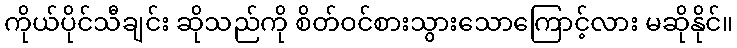
ကိုယ်ပိုင်သီချင်း ဆိုသည်ကို စိတ်ဝင်စားသွားသောကြောင့်လား မဆိုနိုင်။